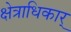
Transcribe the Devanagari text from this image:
क्षेत्राधिकार्